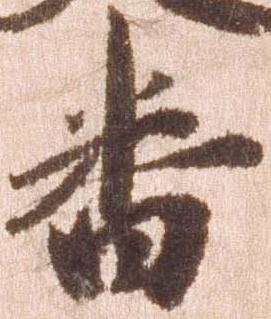
番